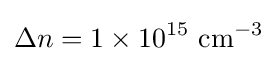
\Delta n=1\times 10^{15}\ {\rm {cm^{-3}}}